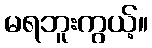
မရဘူးကွယ့်။